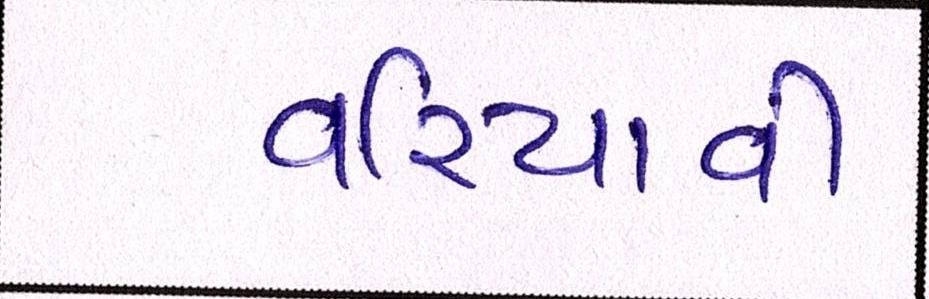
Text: વરિયાવી